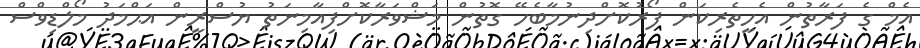
އެމް ގެ ފަރާތުން އެހީތެރިކަން ފޯރުކޮށްދިނުމާބެހޭ ގޮތުން މަޝްވަރާކޮށްފިއާމިނަތު ޔުސްރީން އަޙްމަދު މޯލްޑިވްސް